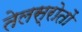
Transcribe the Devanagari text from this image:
तेलस्रोतों